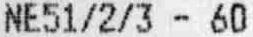
NE51/2/3 - 60